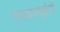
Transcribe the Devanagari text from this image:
एसडब्ल्यूईटी